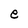
Character: e